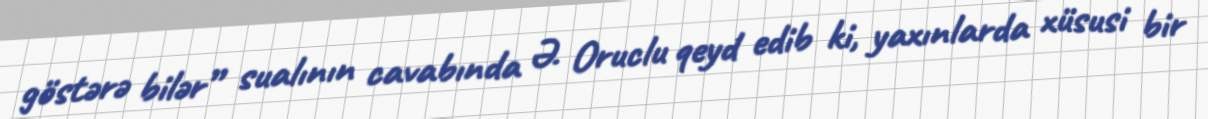
göstərə bilər” sualının cavabında Ə. Oruclu qeyd edib ki, yaxınlarda xüsusi bir